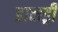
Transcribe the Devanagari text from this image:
डालड्री